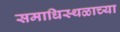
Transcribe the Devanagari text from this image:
समाधिस्थळाच्या